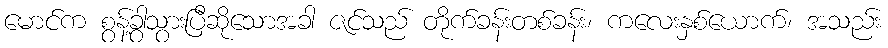
မောင်က စွန့်ခွါသွားပြီဆိုသောအခါ ဇင်သည် တိုက်ခန်းတစ်ခန်း၊ ကလေးနှစ်ယောက်၊ အသည်း